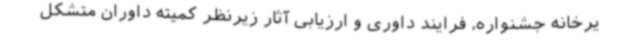
یرخانه جشنواره، فرایند داوری و ارزیابی آثار زیرنظر کمیته داوران متشکل